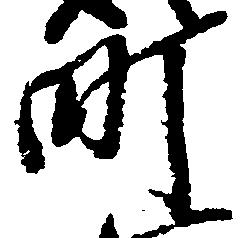
町